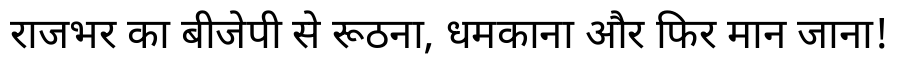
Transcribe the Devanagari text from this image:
राजभर का बीजेपी से रूठना, धमकाना और फिर मान जाना!